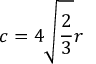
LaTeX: c = 4 { \sqrt { \frac { 2 } { 3 } } } r